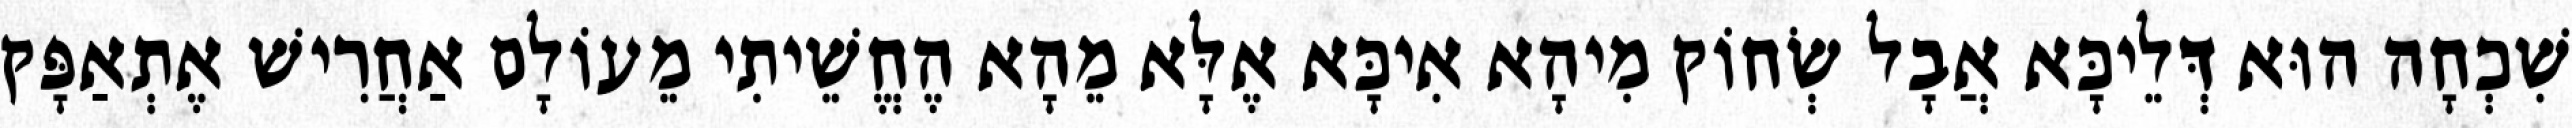
שִׁכְחָה הוּא דְּלֵיכָּא אֲבָל שְׂחוֹק מִיהָא אִיכָּא אֶלָּא מֵהָא הֶחֱשֵׁיתִי מֵעוֹלָם אַחֲרִישׁ אֶתְאַפָּק